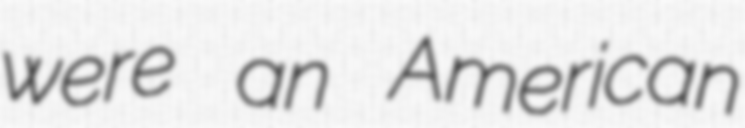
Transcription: were an American